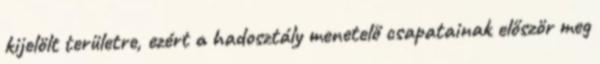
kijelölt területre, ezért a hadosztály menetelő csapatainak először meg